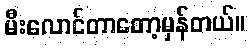
မီးလောင်တာတော့မှန်တယ်။